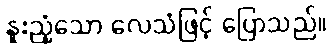
နူးညံ့သော လေသံဖြင့် ပြောသည်။